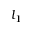
l _ { 1 }